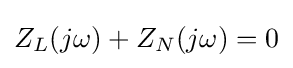
Z_{L}(j\omega )+Z_{N}(j\omega )=0